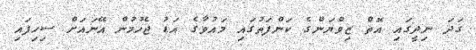
ގަދަ ނިދީގައި އޮތް ޒިވްޔަންގެ ކަންފަތުގައި މައުވާގެ އަޑު ޖެހުމުން އޭނައަށް ސިހިފައި